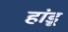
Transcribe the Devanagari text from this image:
हांडू